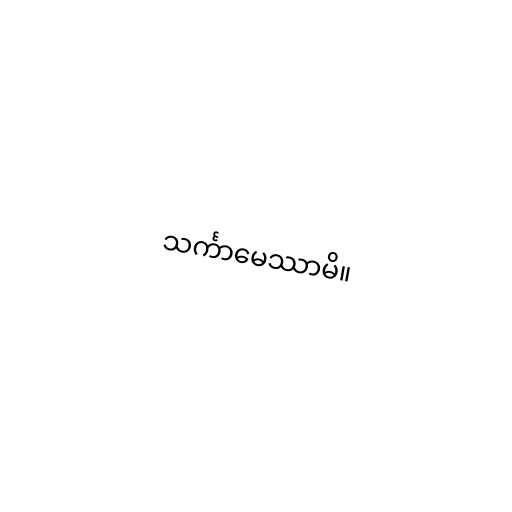
သင်္ကာမေဿာမိ။